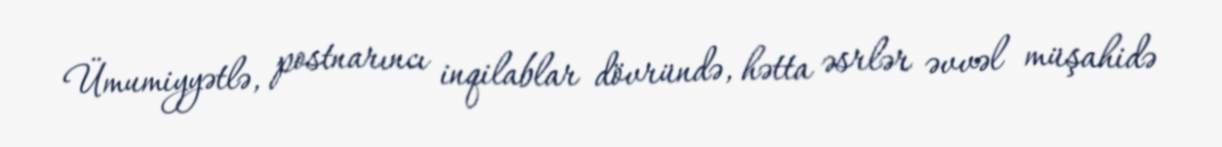
Ümumiyyətlə, postnarıncı inqilablar dövründə, hətta əsrlər əvvəl müşahidə